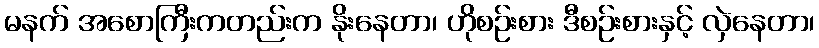
မနက် အစောကြီးကတည်းက နိုးနေတာ၊ ဟိုစဉ်းစား ဒီစဉ်းစားနှင့် လှဲနေတာ၊